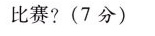
比赛?(7分)